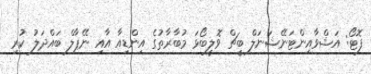
ފޮޓޯ: އަޝްވާއިންޓަނޭޝަނަލް ބީޗް ވޮލީބޯޅަ މުބާރާތުގެ އިންޑިއާ އާއި ނޭޕާލް ބައްދަލު ކުރި